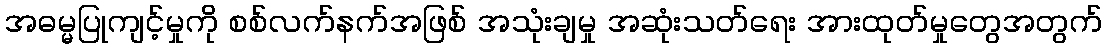
အဓမ္မပြုကျင့်မှုကို စစ်လက်နက်အဖြစ် အသုံးချမှု အဆုံးသတ်ရေး အားထုတ်မှုတွေအတွက်